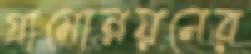
গ্রামোন্নয়নের